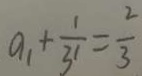
a _ { 1 } + \frac { 1 } { 3 ^ { 1 } } = \frac { 2 } { 3 }